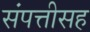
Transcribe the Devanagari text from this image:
संपत्तीसह